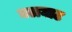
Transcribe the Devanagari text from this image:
घलघाट